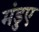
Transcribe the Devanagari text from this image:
मंडुए